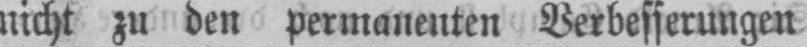
nicht zu den permanenten Verbesserungen